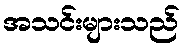
အသင်းများသည်